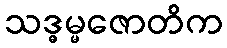
သဒ္ဓမ္မဇောတိက